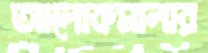
আলোকমালার